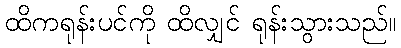
ထိကရုန်းပင်ကို ထိလျှင် ရုန်းသွားသည်။